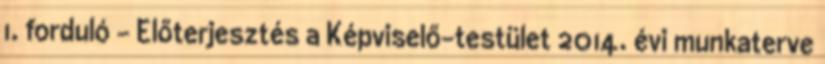
1. forduló - Előterjesztés a Képviselő-testület 2014. évi munkaterve